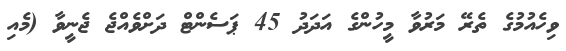
ވިހެއުމުގެ ތެރޭ މަރުވާ މީހުންގެ އަދަދު 45 ޕަސެންޓް ދަށްވެއްޖެ ޖެނީވާ (މެއި